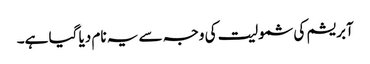
آبریشم کی شمولیت کی وجہ سے یہ نام دیا گیا ہے۔